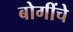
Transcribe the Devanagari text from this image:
बोगींचे